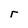
Character: r